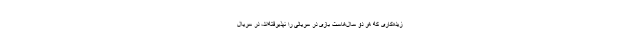
زیده‌کاری که هر دو سال‌هاست بازی در سریالی را نپذیرفته‌اند، در سریال